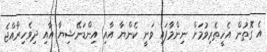
އެ ގޮތުން އެހީތެރިވުމަށް ނިންމާފައި ވަނީ ކެންޔާ އާއި އިންޑަނޭޝިޔާ އާއި ދިވެހިރާއްޖެ